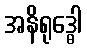
အနိရုဒ္ဓေါ